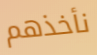
نأخذهم